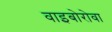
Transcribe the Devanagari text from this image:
वाइबोरोवा